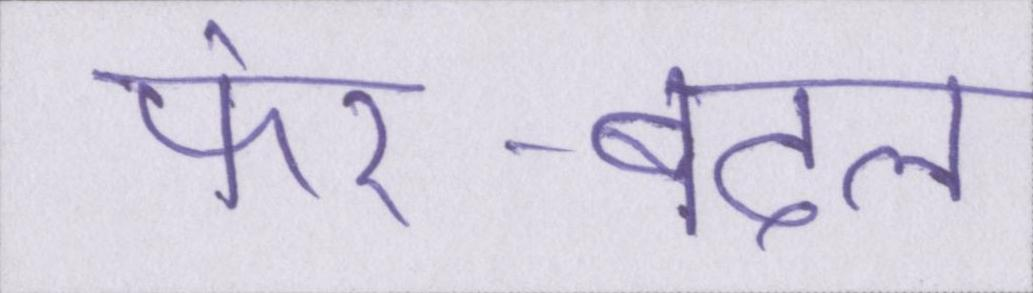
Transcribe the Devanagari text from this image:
फेर-बदल